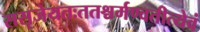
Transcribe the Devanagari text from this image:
ससृजेयतःततश्चर्मण्वतीत्येवं